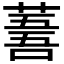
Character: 𦸭